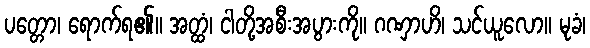
ပတ္တော၊ ရောက်ရ၏။ အတ္ထံ၊ ငါတို့အစီးအပွားကို။ ဂဏှာဟိ၊ သင်ယူလော။ မုခံ၊